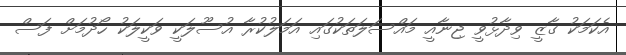
އެކަމަކު ގާޒީ ވިދާޅުވީ ޖިނާއީ މައްސަލަތަކުގައި އަމަލުކުރާ އުސޫލަކީ ވަކީލަކު ހޯދުމަށް ފަސް